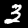
Digit: 3